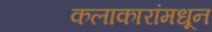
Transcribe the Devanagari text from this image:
कलाकारांमधून